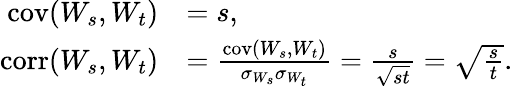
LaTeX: {\begin{array}{rl}{\operatorname{cov}(W_{s},W_{t})}&{=s,}\\ {\operatorname{corr}(W_{s},W_{t})}&{={\frac{\operatorname{cov}(W_{s},W_{t})}{\sigma_{W_{s}}\sigma_{W_{t}}}}={\frac{s}{\sqrt{st}}}={\sqrt{\frac{s}{t}}}.}\end{array}}